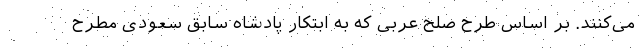
می‌کنند. بر اساس طرح صلح عربی که به ابتکار پادشاه سابق سعودی مطرح